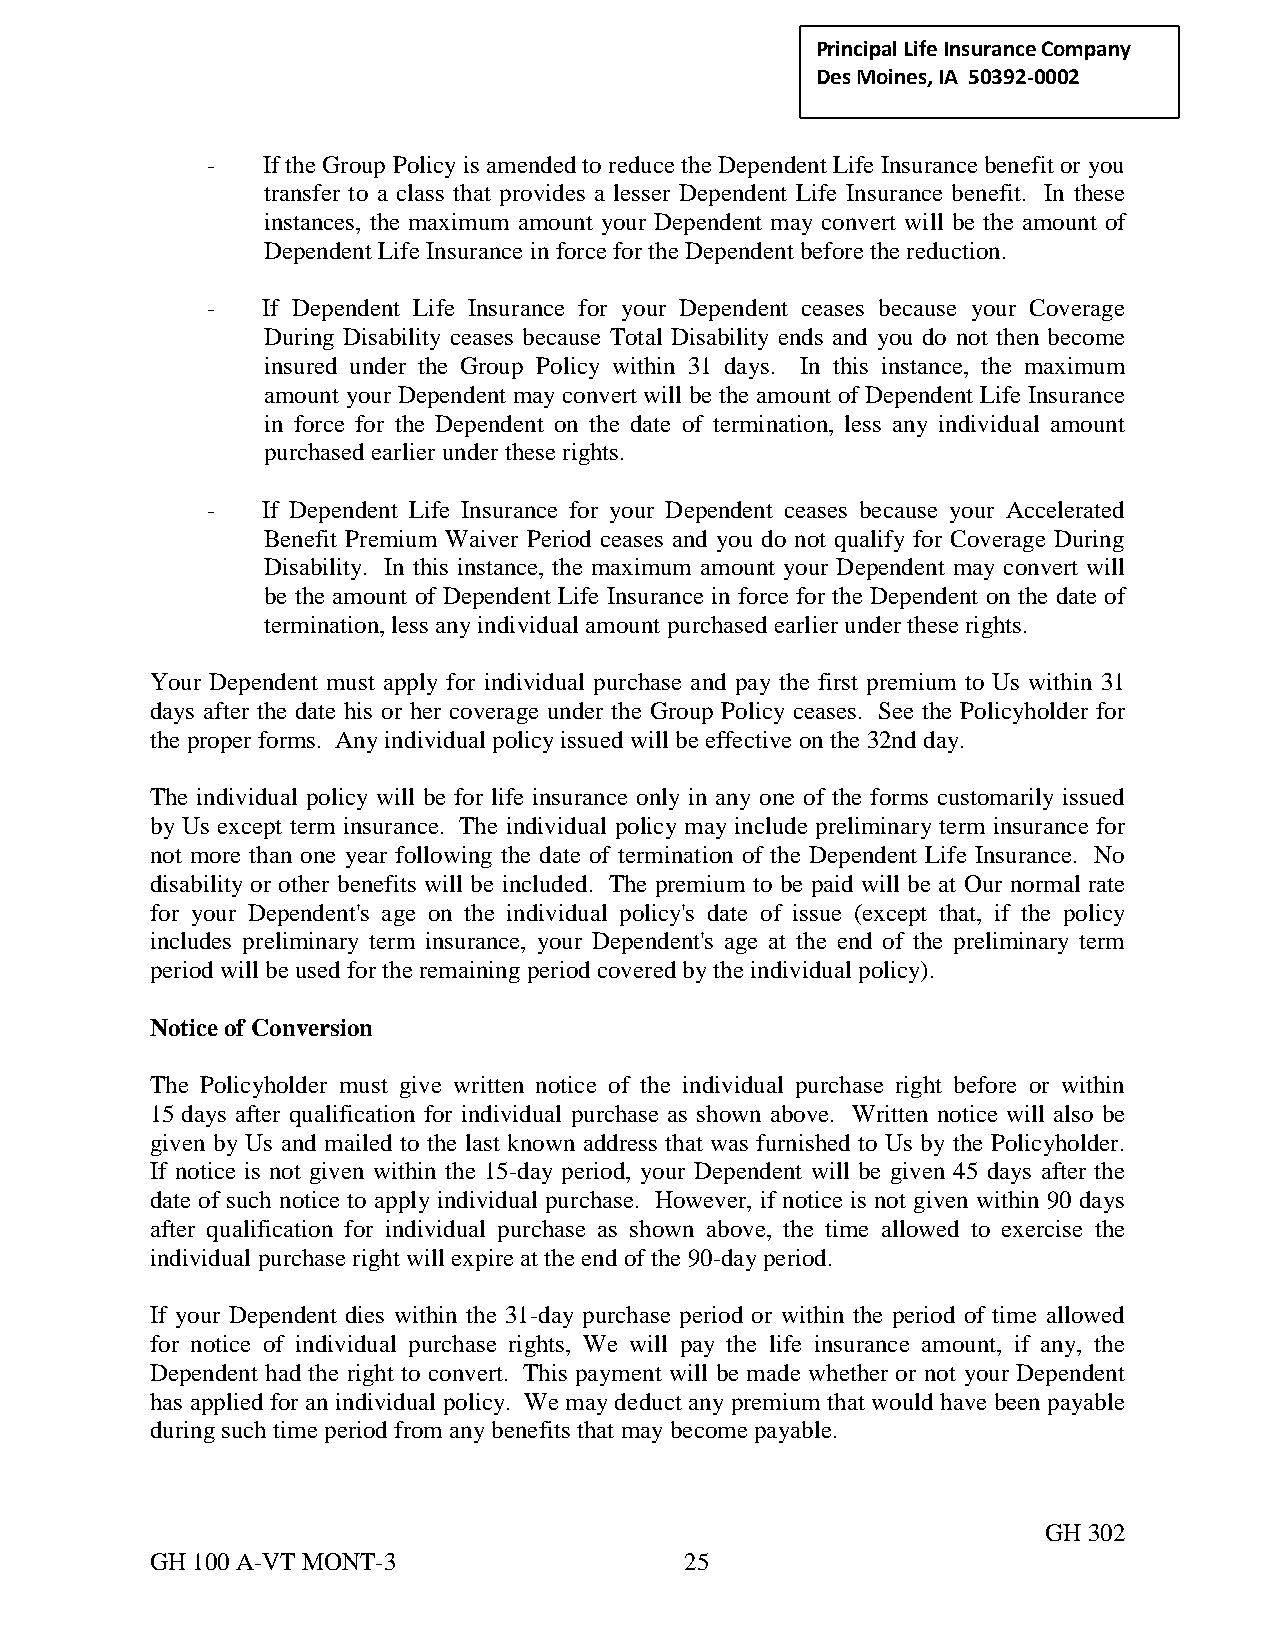
Principal Life Insurance C ompany
 Des Moines, IA 50392-0002
 -  If the Group Policy is amended to reduce the Dependent Life Insurance benefit or you
 transfer to a class that provides a lesser Dependent Life Insurance benefit. In these
 instances, the maximum amount your Dependent may convert will be the amount of
 Dependent Life Insurance in force for the Dependent before the reduction.
 -  If Dependent Life Insurance for your Dependent ceases because your Coverage
 During Disability ceases because Total Disability ends and you do not then become
 insured under the Group Policy within 31 days. In this instance, the maximum
 amount your Dependent may convert will be the amount of Dependent Life Insurance
 in force for the Dependent on the date of termination, less any individual amount
 purchased earlier under these rights.
 -  If Dependent Life Insurance for your Dependent ceases because your Accelerated
 Benefit Premium Waiver Period ceases and you do not qualify for Coverage During
 Disability. In this instance, the maximum amount your Dependent may convert will
 be the amount of Dependent Life Insurance in force for the Dependent on the date of
 termination, less any individual amount purchased earlier under these rights.
 Your Dependent must apply for individual purchase and pay the first premium to Us within 31
 days after the date his or her coverage under the Group Policy ceases. See the Policyholder for
 the proper forms. Any individual policy issued will be effective on the 32nd day.
 The individual policy will be for life insurance only in any one of the forms customarily issued
 by Us except term insurance. The individual policy may include preliminary term insurance for
 not more than one year following the date of termination of the Dependent Life Insurance. No
 disability or other benefits will be included. The premium to be paid will be at Our normal rate
 for your Dependent's age on the individual policy's date of issue (except that, if the policy
 includes preliminary term insurance, your Dependent's age at the end of the preliminary term
 period will be used for the remaining period covered by the individual policy).
 Notice of Conversion
 The Policyholder must give written notice of the individual purchase right before or within
 15 days after qualification for individual purchase as shown above. Written notice will also be
 given by Us and mailed to the last known address that was furnished to Us by the Policyholder.
 If notice is not given within the 15-day period, your Dependent will be given 45 days after the
 date of such notice to apply individual purchase. However, if notice is not given within 90 days
 after qualification for individual purchase as shown above, the time allowed to exercise the
 individual purchase right will expire at the end of the 90-day period.
 If your Dependent dies within the 31-day purchase period or within the period of time allowed
 for notice of individual purchase rights, We will pay the life insurance amount, if any, the
 Dependent had the right to convert. This payment will be made whether or not your Dependent
 has applied for an individual policy. We may deduct any premium that would have been payable
 during such time period from any benefits that may become payable.
 GH 302
 GH 100 A-VT MONT-3                 25